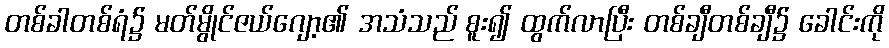
တစ်ခါတစ်ရံ၌ မတ်မွိုင်ဇယ်ဂျော့၏ အသံသည် စူး၍ ထွက်လာပြီး တစ်ချီတစ်ချီ၌ ခေါင်းကို